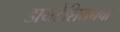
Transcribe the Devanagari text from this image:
डायटेशियनचा